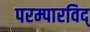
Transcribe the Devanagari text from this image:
परम्पारविद्